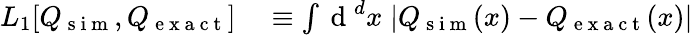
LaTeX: \begin{array}{rl}{L_{1}[Q_{\mathrm{~s~i~m~}},Q_{\mathrm{~e~x~a~c~t~}}]}&{{}\equiv\int\mathrm{~d~}^{d}x\; |Q_{\mathrm{~s~i~m~}}(x)-Q_{\mathrm{~e~x~a~c~t~}}(x)|}\end{array}